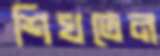
শিখতেন